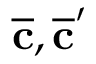
\overline { { \mathbf { c } } } , \overline { { \mathbf { c } } } ^ { \prime }